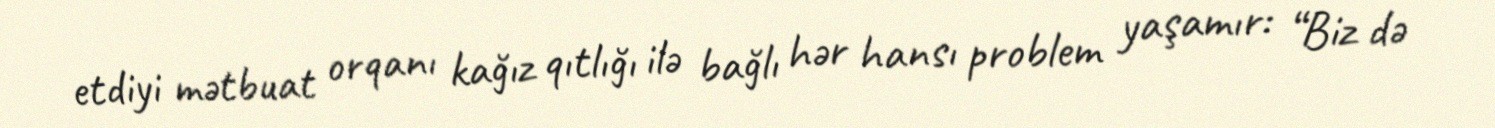
etdiyi mətbuat orqanı kağız qıtlığı ilə bağlı hər hansı problem yaşamır: “Biz də